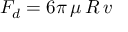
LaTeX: F _ { d } = 6 \pi \, \mu \, R \, v